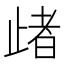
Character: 𣦈